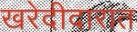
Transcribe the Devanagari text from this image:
खरेदीदारात